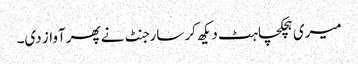
میری ہچکچاہٹ دیکھ کر سارجنٹ نے پھر آواز دی۔